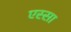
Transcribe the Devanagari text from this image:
एस्सा